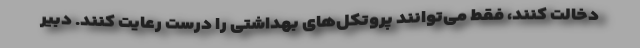
دخالت کنند، فقط می‌توانند پروتکل‌های بهداشتی را درست رعایت کنند. دبیر